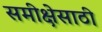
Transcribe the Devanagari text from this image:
समीक्षेसाठी